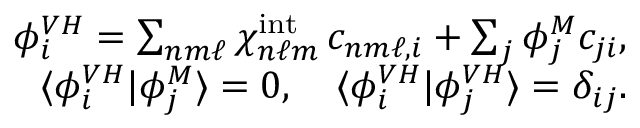
\begin{array} { r l r } & { } & { \phi _ { i } ^ { V H } = \sum _ { n m \ell } \chi _ { n \ell m } ^ { \mathrm { i n t } } \, c _ { n m \ell , i } + \sum _ { j } \phi _ { j } ^ { M } c _ { j i } , } \\ & { } & { \langle \phi _ { i } ^ { V H } | \phi _ { j } ^ { M } \rangle = 0 , \quad \langle \phi _ { i } ^ { V H } | \phi _ { j } ^ { V H } \rangle = \delta _ { i j } . } \end{array}